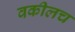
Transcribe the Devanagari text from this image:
वकीलच